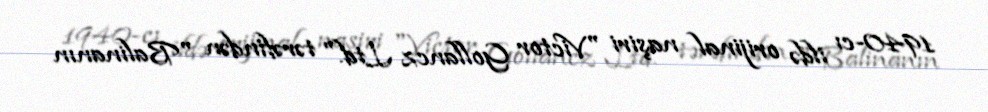
1940-cı ildə orijinal naşiri "Victor Gollancz Ltd." tərəfindən "Balinanın